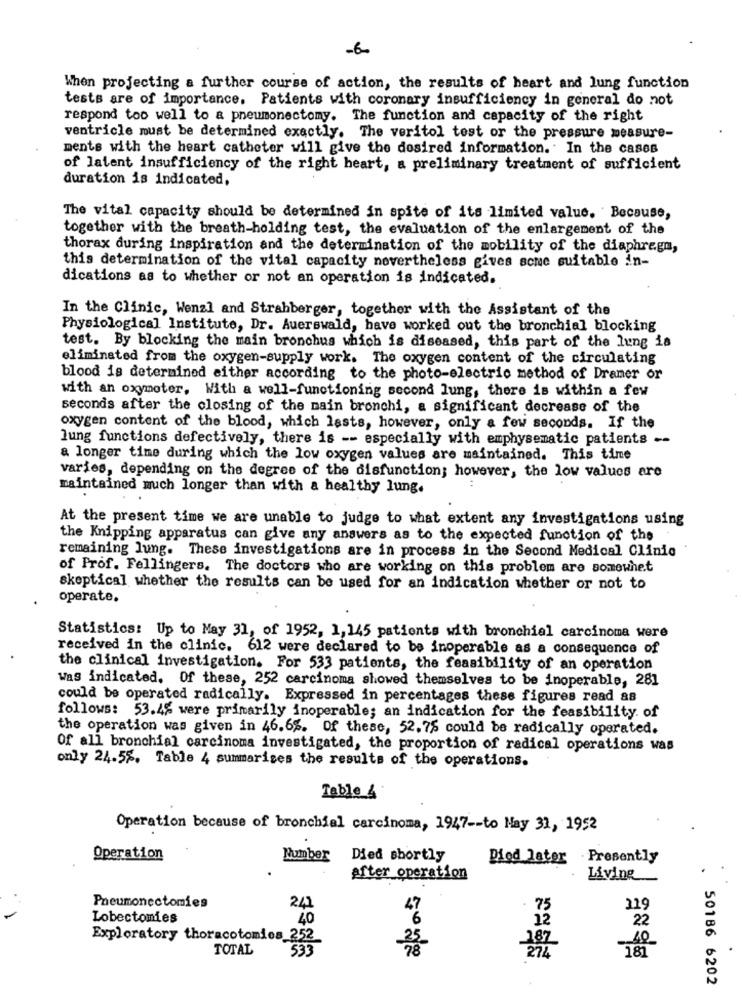
-6-
When projecting a further course of action, the results of heart and lung function
tests are of importance. Patients with coronary insufficiency in general do not
respond too well to & pneumonectomy. The function and capacity of the right
ventricle must be determined exactly. The veritol test or the pressure measure-
ments with the heart catheter will give the desired information. In the cases
of latent insufficiency of the right heart, a preliminary treatment of sufficient
duration is indicated,
The vital capacity should be determined in spite of its limited value. Because,
together with the breath-holding test, the evaluation of the enlargement of the
thorax during inspiration and the determination of the mobility of the diaphragm,
this determination of the vital capacity nevertheless gives some suitable in-
dications as to whether or not an operation is indicated.
In the Clinic, Wenzl and Strahberger, together with the Assistant of the
Physiological Institute, Dr. Auerswald, have worked out the bronchial blocking
test. By blocking the main bronchus which is diseased, this part of the lung is
eliminated from the oxygen-supply work. The oxygen content of the circulating
blood is determined either according to the photo-electric method of Dramer or
with an oxymeter, With a well-functioning second lung, there is within a few
seconds after the closing of the main bronchi, a significant decrease of the
oxygen content of the blood, which lasts, however, only a few seconds. If the
lung functions defectively, there is -- especially with emphysematic patients -
a longer time during which the low oxygen values are maintained. This time
varies, depending on the degree of the disfunction; however, the low values are
maintained much longer than with a healthy lung.
At the present time we are unable to judge to what extent any investigations using
the Knipping apparatus can give any answers as to the expected function of the
remaining lung. These investigations are in process in the Second Medical Clinic
of Prof. Fellingers. The doctors who are working on this problem are somewhet
skeptical whether the results can be used for an indication whether or not to
operate.
Statistics: Up to May 31, of 1952, 1, 145 patients with bronchial carcinoma were
received in the clinic. 612 were declared to be inoperable as a consequence of
the clinical investigation. For 533 patients, the feasibility of an operation
was indicated, Of these, 252 carcinoma showed themselves to be inoperable, 281
could be operated radically. Expressed in percentages these figures read 88
follows: 53.4% were primarily inoperable; an indication for the feasibility. of
the operation was given in 46.6%. Of these, 52.75 could be radically operated.
Of all bronchial carcinoma investigated, the proportion of radical operations was
only 24.55. Table 4 summarizes the results of the operations.
Table 4
Operation because of bronchial carcinoma, 1947 -- to May 31, 1952
Operation
Number
Died shortly
Diod later Presently
after operation
Living
Pneumonectomies
241
47
.75
Lobectomies
40
6
12
22
Exploratory thoracotomies 252
TOTAL
533
50186 6202